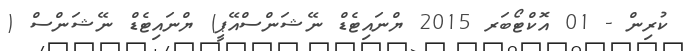
ކުރިން - 01 އޮކްޓޯބަރ 2015 ޔްނައިޓެޑް ނޭޝަންސްއޭޕީ) ޔްނައިޓެޑް ނޭޝަންސް (